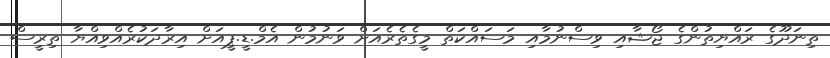
ތިނަދޫގެ ރައްޔިތުންގެ ޖޯޝާއި ވިސްނުމާއި މަސައްކަތް މީގެތެރެއަށް ވަނުމުން އެމް.ޑީ.ޕީއަށް އިރާދަކުރެއްވިއްޔާ ތިރީސް